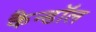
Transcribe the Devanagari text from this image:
कैन्डॉल